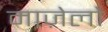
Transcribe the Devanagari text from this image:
माज़ेलो